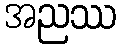
အညဿ